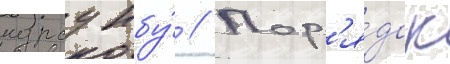
курсу нбу́ // Пор'я́док